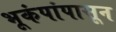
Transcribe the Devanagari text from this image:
भूकंपांपासून